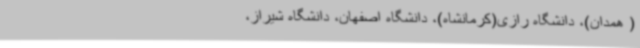
( همدان)، دانشگاه رازی(کرمانشاه)، دانشگاه اصفهان، دانشگاه شیراز،